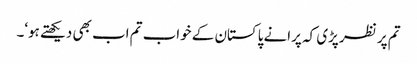
تم پر نظر پڑی کہ پرانے پاکستان کے خواب تم اب بھی دیکھتے ہو‘۔